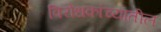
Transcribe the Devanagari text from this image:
विरोधकांच्यातील